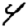
Digit: 4